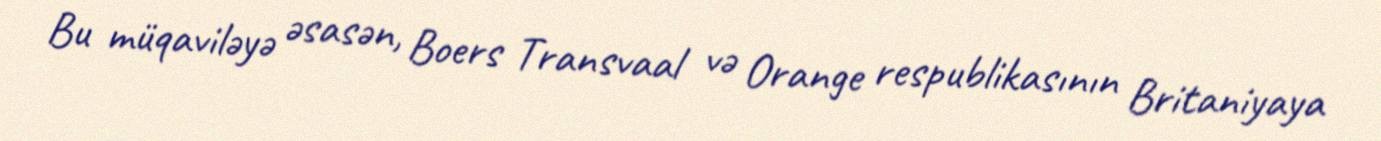
Bu müqaviləyə əsasən, Boers Transvaal və Orange respublikasının Britaniyaya